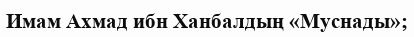
Имам Ахмад ибн Ханбалдың «Муснады»;